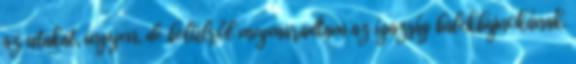
az utakat, ingyen, de belülről megmaradtam az igazság ba­lek­bajnokának.